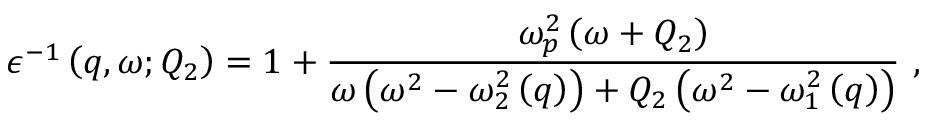
\epsilon ^ { - 1 } \left( q , \omega ; Q _ { 2 } \right) = 1 + \frac { \omega _ { p } ^ { 2 } \left( \omega + Q _ { 2 } \right) } { \omega \left( \omega ^ { 2 } - \omega _ { 2 } ^ { 2 } \left( q \right) \right) + Q _ { 2 } \left( \omega ^ { 2 } - \omega _ { 1 } ^ { 2 } \left( q \right) \right) } \ ,